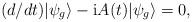
LaTeX: \begin{align*}(d/dt)|{\psi}_g\rangle - {\rm i}A(t)|\psi_g\rangle = 0,\end{align*}